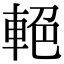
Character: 𨋭